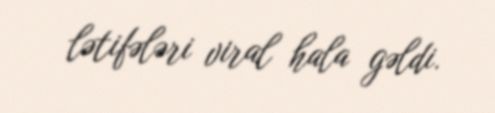
lətifələri viral hala gəldi.